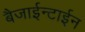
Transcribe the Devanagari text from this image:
बैजाईन्टाईन